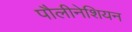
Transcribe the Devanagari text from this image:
पौलीनेशियन